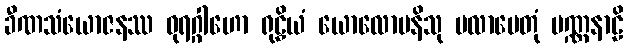
ခီဏသံယောဇနဿ ဓုရဂ္ဂါဟော ရုဠှိယံ ယောလောပနိသု ပလာပေတုံ ပဏ္ဏနာဠိ